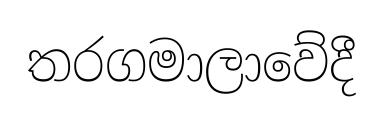
තරගමාලාවේදී